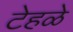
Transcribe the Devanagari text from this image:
टेहळे